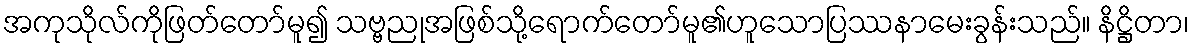
အကုသိုလ်ကိုဖြတ်တော်မူ၍ သဗ္ဗညုအဖြစ်သို့ရောက်တော်မူ၏ဟူသောပြဿနာမေးခွန်းသည်။ နိဋ္ဌိတာ၊